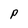
Character: p